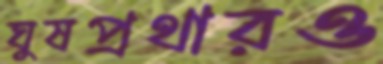
ঘুষপ্রথারও